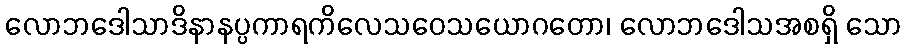
လောဘဒေါသာဒိနာနပ္ပကာရကိလေသဝေသယောဂတော၊ လောဘဒေါသအစရှိ သော